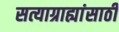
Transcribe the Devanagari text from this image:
सत्याग्राह्यांसाठी